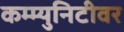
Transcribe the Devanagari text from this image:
कम्म्युनिटीवर